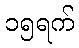
၁၅ရက်